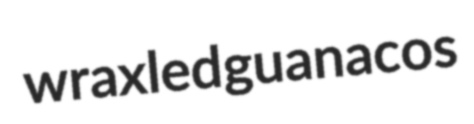
wraxled guanacos